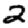
Digit: 2